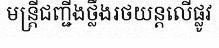
មន្ត្រីជញ្ជីងថ្លឹងរថយន្តលើផ្លូវ